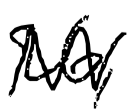
Text: 26,
Cross-out: zig-zag
Writing tool: digital_black